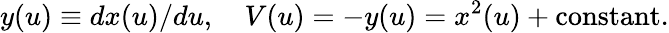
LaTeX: y(u)\equiv dx(u)/{du},\quad V(u)=-y(u)=x^{2}(u)+\mathrm{constant}.